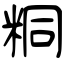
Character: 粡